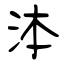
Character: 泍